Report on vaccination in Madras 1895-1903 - 1895-1903
Year: 1895
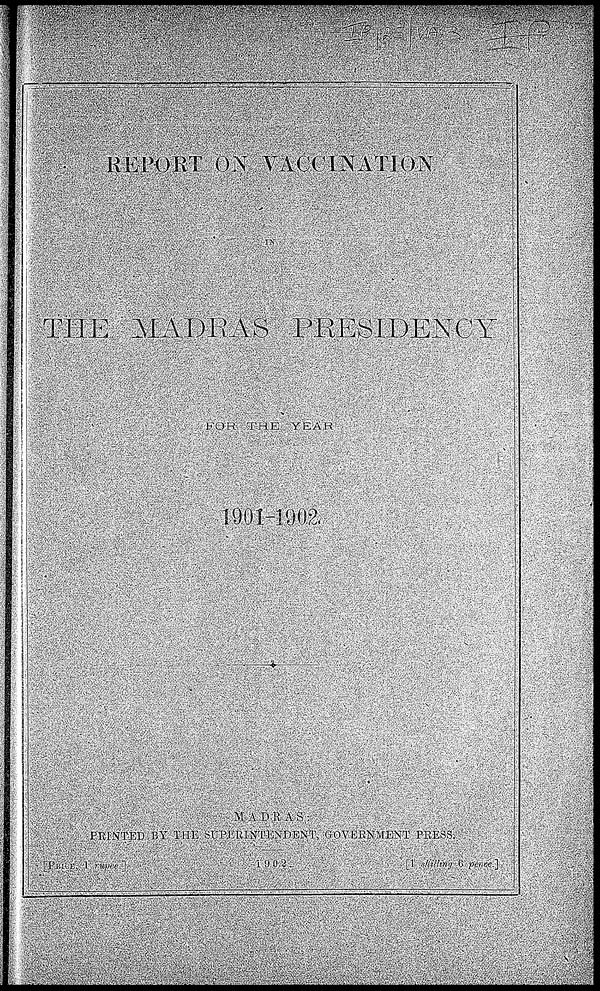
REPORT ON VACCINATION
IN
THE MADRAS PRESIDENCY
FOR THE
YEAR
1901-1902.
MADRAS:
PRINTED BY THE SUPERINTENDENT, GOVERNMENT PRESS.
[PRICE, 1 rupee.]
1902.
[1 shilling 6 pence.]